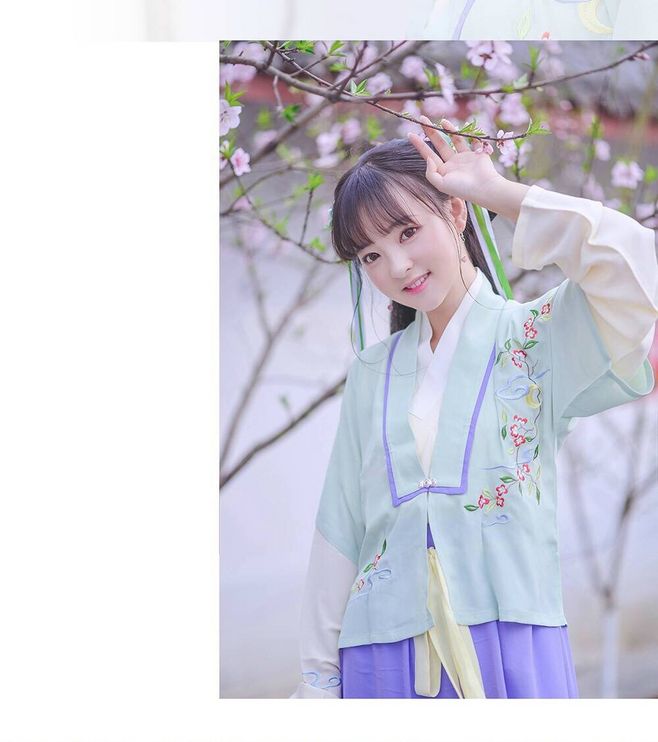
絮影苹香，春在无人处。